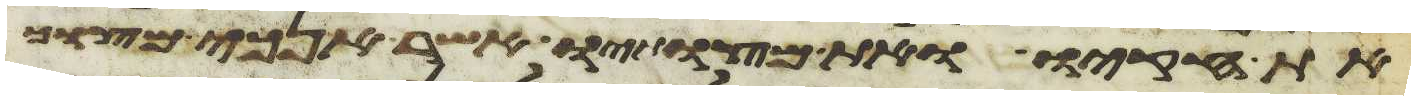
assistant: את חקיו ואת מצותיו אשר אנכי מצוך